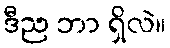
ဒီည ဘာ ရှိလဲ။